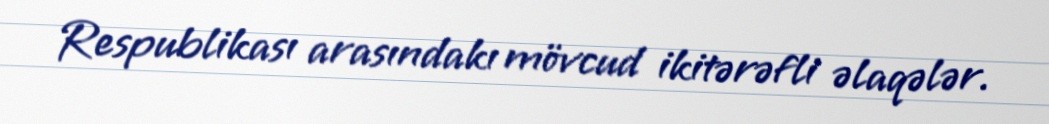
Respublikası arasındakı mövcud ikitərəfli əlaqələr.